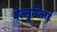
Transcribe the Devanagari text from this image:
वेल्लुपिल्लई